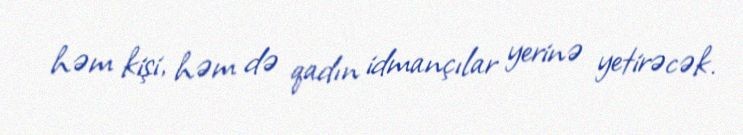
həm kişi, həm də qadın idmançılar yerinə yetirəcək.